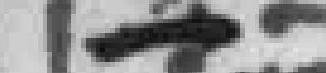
一